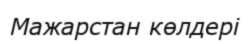
Мажарстан көлдері